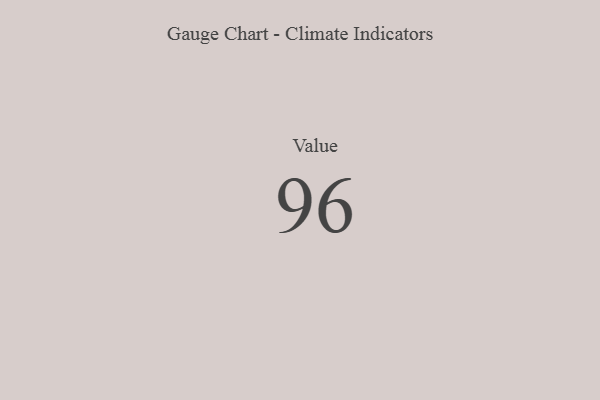
{"axis": {"x": "Metric", "y": "Value"}, "legend": [""], "data": [{"x": "Value", "y": 96, "type": ""}]}